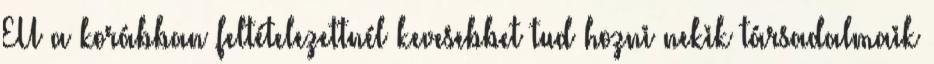
EU a korábban feltételezettnél kevesebbet tud hozni nekik társadalmaik